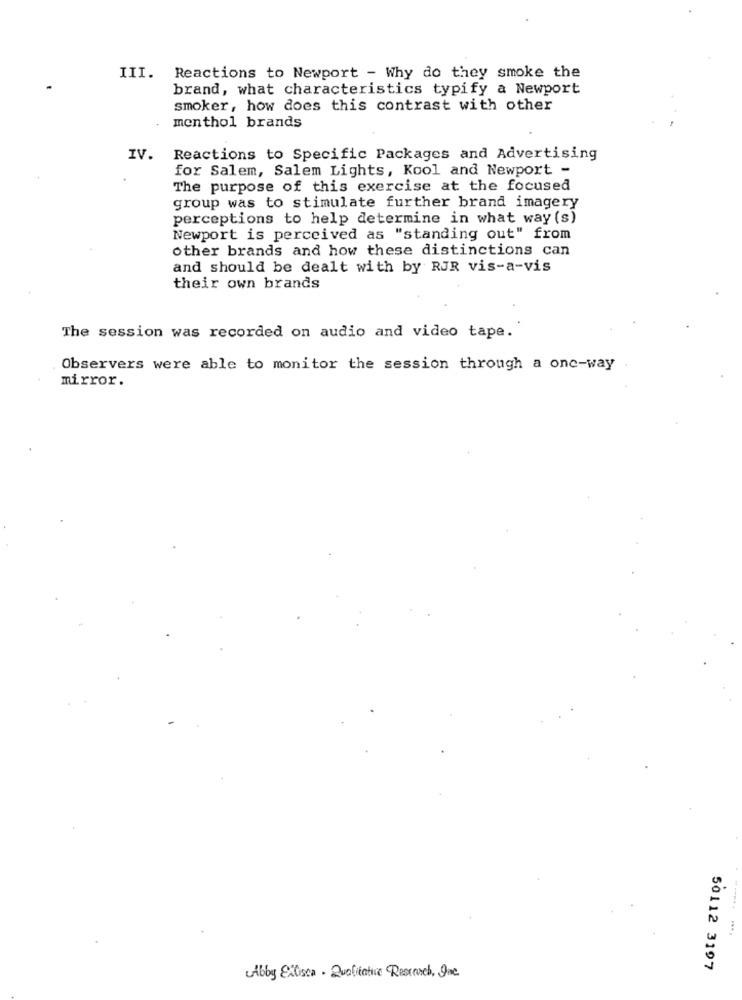
III.
Reactions to Newport - Why do they smoke the
brand, what characteristics typify a Newport
smoker, how does this contrast with other
menthol brands
IV.
Reactions to Specific Packages and Advertising
for Salem, Salem Lights, Kool and Newport -
The purpose of this exercise at the focused
group was to stimulate further brand imagery
perceptions to help determine in what way (s)
Newport is perceived as "standing out" from
other brands and how these distinctions can
and should be dealt with by RJR vis-a-vis
their own brands
The session was recorded on audio and video tape.
Observers were able to monitor the session through a one-way
mirror.
50112 3197
Abby Exista - Qualitative Research, One